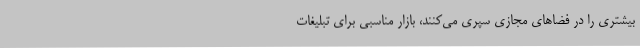
بیشتری را در فضاهای مجازی سپری می‌کنند، بازار مناسبی برای تبلیغات